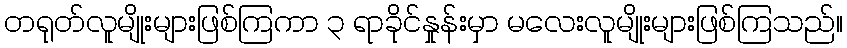
တရုတ်လူမျိုးများဖြစ်ကြကာ ၃ ရာခိုင်နှုန်းမှာ မလေးလူမျိုးများဖြစ်ကြသည်။